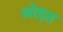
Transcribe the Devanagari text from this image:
ओड़त